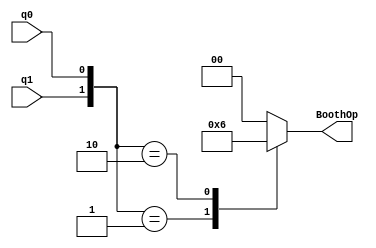
module Booth_ControlUnit
	(
	input q0,
	input q1,
	
	output reg [1:0] BoothOp
    );
	 
	always@(*) begin
	$display("q1 = %b  , q0=%b",q1,q0);
		case({q1,q0})
		
			2'b01:begin
					BoothOp = 2'b01;
					$display("%b",BoothOp);
					end
			2'b10:begin
					BoothOp = 2'b10;
					$display("%b",BoothOp);
					end
			default: BoothOp = 2'b00;
		
		endcase
	end

endmodule